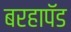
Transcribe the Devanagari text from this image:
बरहापॅड